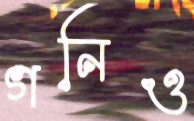
গনিও